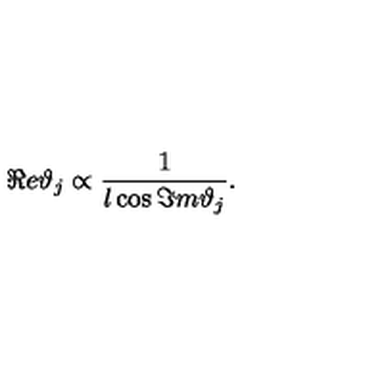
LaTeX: \Re e \vartheta _ { j } \propto \frac { 1 } { l \cos \Im m \vartheta _ { j } } .